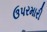
ઉપરમારી